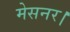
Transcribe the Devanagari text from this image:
मेसनर।